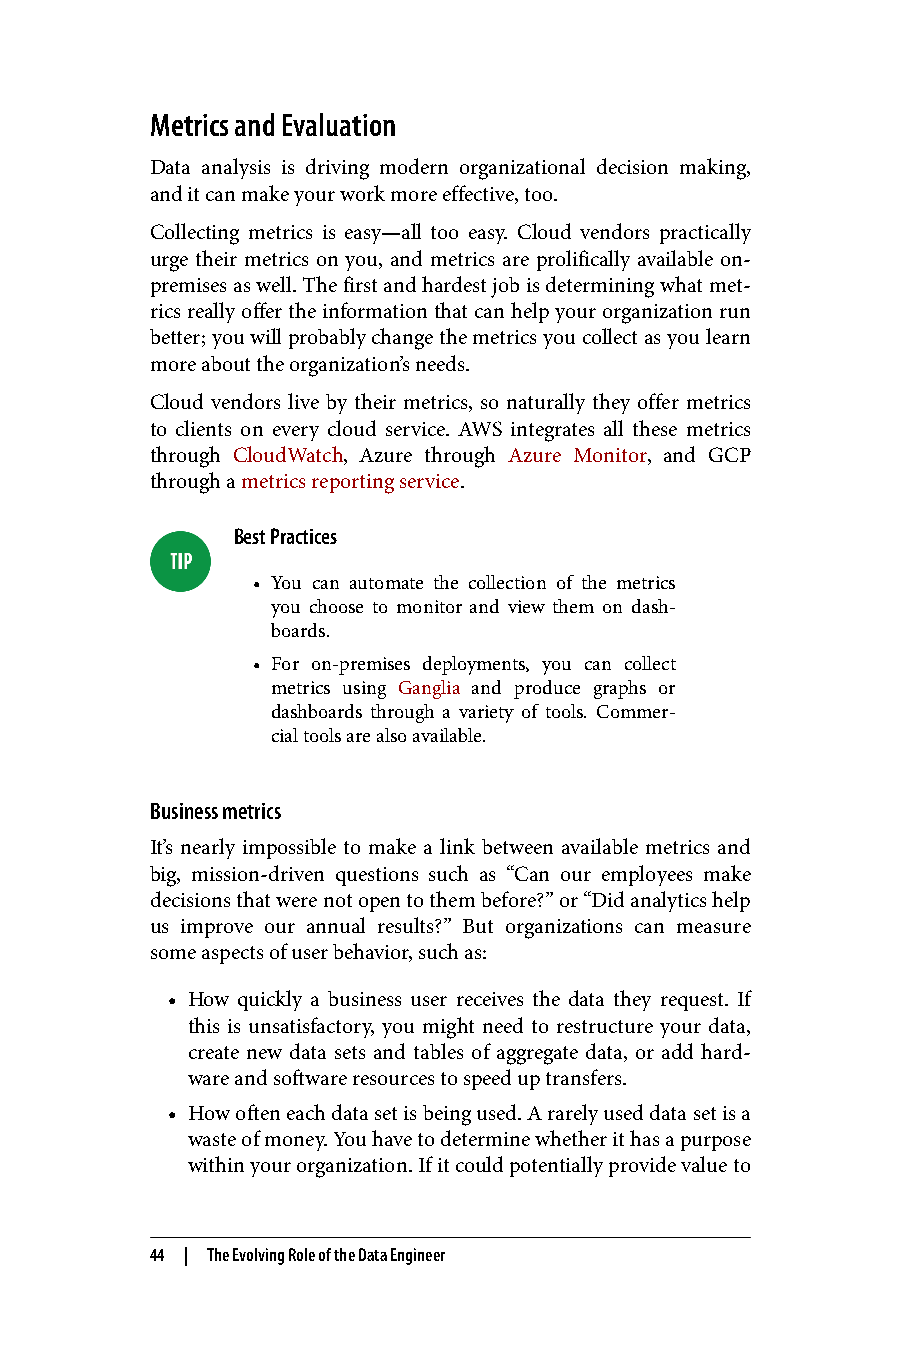
Metrics and Evaluation
 Data analysis is driving modern organizational decision making,
 and it can make your work more effective, too.
 Collecting metrics is easy—all too easy. Cloud vendors practically
 urge their metrics on you, and metrics are prolifically available on-
 premises as well. The first and hardest job is determining what met‐
 rics really offer the information that can help your organization run
 better; you will probably change the metrics you collect as you learn
 more about the organization’s needs.
 Cloud vendors live by their metrics, so naturally they offer metrics
 to clients on every cloud service. AWS integrates all these metrics
 through CloudWatch, Azure through Azure Monitor, and GCP
 through a metrics reporting service.
 Best Practices
 • You can automate the collection of the metrics
 you choose to monitor and view them on dash‐
 boards.
 • For on-premises deployments, you can collect
 metrics using Ganglia and produce graphs or
 dashboards through a variety of tools. Commer‐
 cial tools are also available.
 Business metrics
 It’s nearly impossible to make a link between available metrics and
 big, mission-driven questions such as “Can our employees make
 decisions that were not open to them before?” or “Did analytics help
 us improve our annual results?” But organizations can measure
 some aspects of user behavior, such as:
 • How quickly a business user receives the data they request. If
 this is unsatisfactory, you might need to restructure your data,
 create new data sets and tables of aggregate data, or add hard‐
 ware and software resources to speed up transfers.
 • How often each data set is being used. A rarely used data set is a
 waste of money. You have to determine whether it has a purpose
 within your organization. If it could potentially provide value to
 44 | The Evolving Role of the Data Engineer